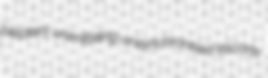
bleaters unimitating unsynchronised escorts